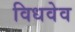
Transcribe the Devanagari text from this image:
विधवेव